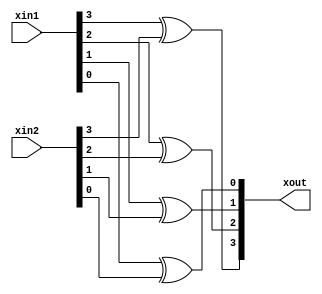
/***************************************************
* Class: EE 271
* Module: XorGen
* Description: Generate n XOR gates
****************************************************/

//  Generate n XOR gates
//
module XorGen
    #(parameter width=4,
                delay=10)
    (
        output[1:width] xout,
        input[1:width] xin1, xin2
    );
    generate
        // Variables used to specify the repetition are called genvars.
        // The index variable of a for loop in a generate block must be a genvar.
        genvar i;
        for (i = 1; i <= width; i = i+1)
            begin
                assign #delay
                    xout[i] = xin1[i] ^ xin2[i];
            end
    endgenerate
endmodule